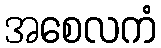
အစေလကံ